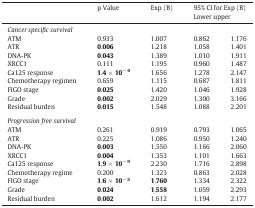
<table><thead><tr><td></td><td><b>p Value</b></td><td><b>Exp (B)</b></td><td colspan="2"><b>95% CI for Exp (B)Lower upper</b></td></tr></thead><tbody><tr><td colspan="5"><i>Cancer specific survival</i></td></tr><tr><td>ATM</td><td>0.933</td><td>1.007</td><td>0.862</td><td>1.176</td></tr><tr><td>ATR</td><td><b>0</b>.<b>006</b></td><td>1.218</td><td>1.058</td><td>1.401</td></tr><tr><td>DNA-PK</td><td><b>0</b>.<b>043</b></td><td>1.389</td><td>1.010</td><td>1.911</td></tr><tr><td>XRCC1</td><td>0.111</td><td>1.195</td><td>0.960</td><td>1.487</td></tr><tr><td>Ca125 response</td><td><b>1</b>.<b>4</b> × <b>10</b><sup>− <b>4</b></sup></td><td>1.656</td><td>1.278</td><td>2.147</td></tr><tr><td>Chemotherapy regimen</td><td>0.659</td><td>1.115</td><td>0.687</td><td>1.811</td></tr><tr><td>FIGO stage</td><td><b>0</b>.<b>025</b></td><td>1.420</td><td>1.046</td><td>1.928</td></tr><tr><td>Grade</td><td><b>0</b>.<b>002</b></td><td>2.029</td><td>1.300</td><td>3.166</td></tr><tr><td>Residual burden</td><td><b>0</b>.<b>015</b></td><td>1.548</td><td>1.088</td><td>2.201</td></tr><tr><td colspan="5">  </td></tr><tr><td colspan="5"><i>Progression free survival</i></td></tr><tr><td>ATM</td><td>0.261</td><td>0.919</td><td>0.793</td><td>1.065</td></tr><tr><td>ATR</td><td>0.225</td><td>1.086</td><td>0.950</td><td>1.240</td></tr><tr><td>DNA-PK</td><td><b>0</b>.<b>003</b></td><td>1.550</td><td>1.166</td><td>2.060</td></tr><tr><td>XRCC1</td><td><b>0</b>.<b>004</b></td><td>1.353</td><td>1.101</td><td>1.663</td></tr><tr><td>Ca125 response</td><td><b>1</b>.<b>9</b> × <b>10</b><sup>− <b>9</b></sup></td><td>2.230</td><td>1.716</td><td>2.898</td></tr><tr><td>Chemotherapy regime</td><td>0.200</td><td>1.323</td><td>0.863</td><td>2.028</td></tr><tr><td>FIGO stage</td><td><b>1</b>.<b>6</b> × <b>10</b><sup>− <b>5</b></sup></td><td><b>1</b>.<b>760</b></td><td>1.334</td><td>2.322</td></tr><tr><td>Grade</td><td><b>0</b>.<b>024</b></td><td><b>1</b>.<b>558</b></td><td>1.059</td><td>2.293</td></tr><tr><td>Residual burden</td><td><b>0</b>.<b>002</b></td><td>1.612</td><td>1.194</td><td>2.177</td></tr></tbody></table>